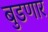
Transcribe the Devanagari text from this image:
बुडणार